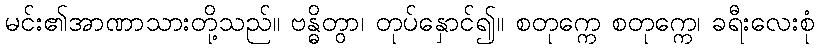
မင်း၏အာဏာသားတို့သည်။ ဗန္ဓိတွာ၊ တုပ်နှောင်၍။ စတုက္ကေ စတုက္ကေ၊ ခရီးလေးစုံ